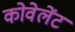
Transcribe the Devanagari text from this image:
कोवेलेंट